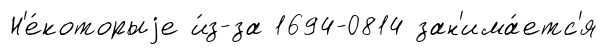
Н'е́которыjе и́з-за 1694-0814 зан'има́етс'я